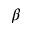
\beta